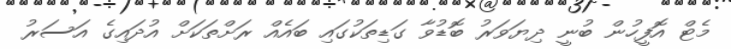
މެޓް އޮފީހުން ބުނީ ދިޔަވަރު ބޮޑުވާ ގަޑިތަކުގައި ބައެއް ރަށްތަކަށް އުދައިގެ އަސަރު